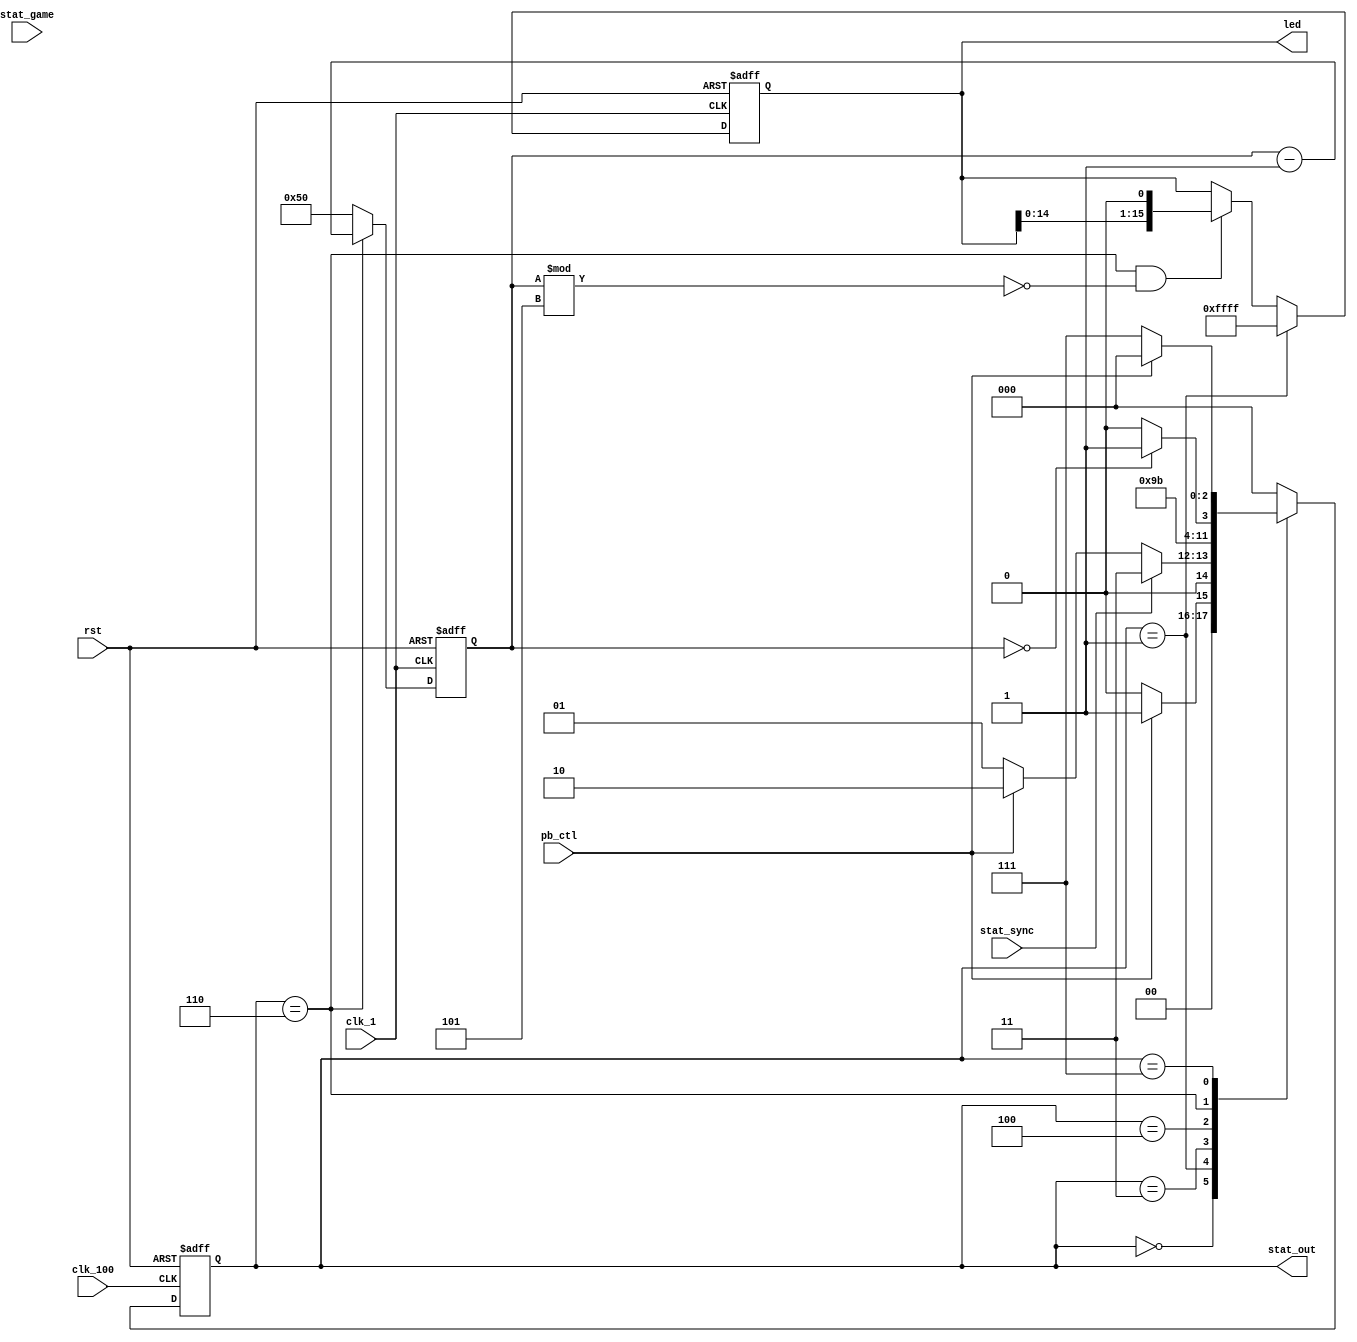
`timescale 1ns / 1ps
//////////////////////////////////////////////////////////////////////////////////
// Design Name:		Game Status Controll FSM
// Module Name:		SystemState
// Project Name:	Tetris Battle
// Target Devices:	EVS 6 FPGA Demo Board
// Description:
// 		Read in the controll inputs, and returns the status code.
// Revision: 
// 		Revision 0.01 - File Created
//////////////////////////////////////////////////////////////////////////////////
`define STAT_NORMAL			3'b000
`define STAT_MATCH_ING		3'b001
`define STAT_MATCH_CANCEL	3'b010
`define STAT_MATCH_SUCCESS	3'b011
`define STAT_GAME_INITIAL	3'b100
`define STAT_GAME_CNTDOWN	3'b101
`define STAT_GAME_ING		3'b110
`define STAT_GAME_OVER		3'b111

module SystemState(
	pb_ctl,
	stat_game,
	stat_sync,
	stat_out,
	rst,
	clk_1,
	clk_100,
	led
);

	// I/O PORTS DECLARATION ----------

	// Input Ports
	input clk_1;
	input clk_100;
	input rst;
	input pb_ctl;
	input [3:0] stat_game;
	input stat_sync;

	// Output Ports
	output reg [2:0] stat_out;
	output reg [15:0] led;

	// Reg Ports
	reg [2:0] stat_out_next;
	reg [6:0] game_time;

	// COMBINATIONAL LOGICS ----------
	always @*
	begin
		case(stat_out)
			`STAT_NORMAL:
			begin
				if (pb_ctl)
				begin
					stat_out_next = `STAT_MATCH_ING;
				end
				else
				begin
					stat_out_next = `STAT_NORMAL;
				end
			end
			`STAT_MATCH_ING:
			begin
				if(stat_sync == `STAT_MATCH_ING)
				begin
					stat_out_next = `STAT_MATCH_SUCCESS;
				end
				else if(pb_ctl)
				begin
					stat_out_next = `STAT_MATCH_CANCEL;
				end
				else
				begin
					stat_out_next = `STAT_MATCH_ING;
				end
			end
			`STAT_MATCH_CANCEL:
			begin
				stat_out_next = `STAT_NORMAL;
			end
			`STAT_MATCH_SUCCESS:
			begin
				stat_out_next = `STAT_GAME_INITIAL;
			end
			`STAT_GAME_INITIAL:
			begin
				stat_out_next = `STAT_GAME_ING;
			end
			`STAT_GAME_ING:
			begin
				if(game_time == 7'd0)
				begin
					stat_out_next = `STAT_GAME_OVER;
				end
				else 
				begin
					stat_out_next = `STAT_GAME_ING;	
				end
			end
			`STAT_GAME_OVER:
			begin
				if(pb_ctl)
				begin
					stat_out_next = `STAT_NORMAL;
				end
				else
				begin
					stat_out_next = `STAT_GAME_OVER;
				end
			end
			default:
			begin
				stat_out_next = `STAT_NORMAL;
			end
		endcase
	end

    always @(posedge clk_1 or posedge rst) 
    begin
    	if (rst) 
    	begin
    		game_time <= 7'd80;
    	end
    	else if(stat_out == `STAT_GAME_ING)
    	begin
    		game_time <= game_time - 1'd1;
    	end
    	else
    	begin
    		game_time <= 7'd80;	
    	end
    end
    reg [15:0] led_rand;
    always @(posedge clk_100 or posedge rst)
 	begin
 		if(rst)
 		begin
 			led_rand<=16'b0111_0101_0101_1010;
 		end
 		else
 		begin
 			led_rand<={led_rand[15:0],led_rand[2]^led_rand[0]};
 		end
 	end

    always @(posedge clk_1 or posedge rst) begin
    	if (rst)
    	begin
    		led <= 16'b1111_1111_1111_1111;
    	end
    	else if(stat_out == `STAT_MATCH_ING)
    	begin
    		led <= 16'b1111_1111_1111_1111;
    	end
    	/*else if(stat_out == `STAT_NORMAL)
    	begin
    		led <= led_rand;
    	end*/
    	else if (stat_out == `STAT_GAME_ING && (game_time%5) == 1'b0)
    	begin
    		led <= {led[14:0],1'b0};
    	end
    end


	always@(posedge clk_100 or posedge rst)
	if(rst)
		stat_out<=3'b0;
	else 
		stat_out<=stat_out_next;

endmodule